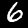
Label: 6